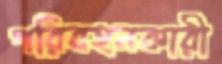
পরিবহনকারী